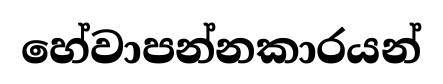
හේවාපන්නකාරයන්